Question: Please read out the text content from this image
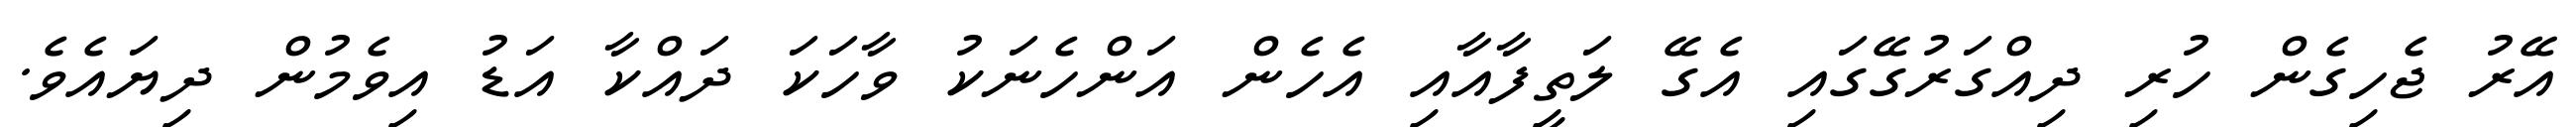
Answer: އޭރު ޖެހިގެން ހުރި ދިއްގަރުގޭގައި އެގޭ ލަތީފާއާއި އެހެން އަންހެނަކު ވާހަކަ ދައްކާ އަޑު އިވެމުން ދިޔައެވެ.